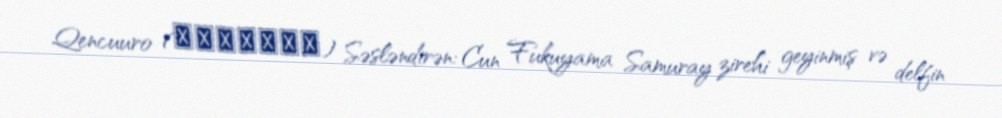
Qencuuro (ゲンジュウロウ) Səsləndirən: Cun Fukuyama Samuray zirehi geyinmiş və delfin